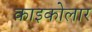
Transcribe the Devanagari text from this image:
काइकोलार